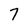
Character: 7